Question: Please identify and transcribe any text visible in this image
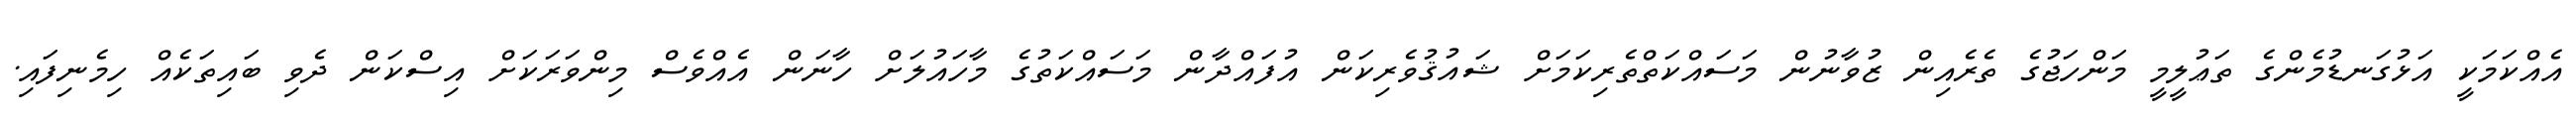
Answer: އެއްކަމަކީ އަޅުގަނޑުމެންގެ ތަޢުލީމީ މަންހަޖުގެ ތެރެއިން ޒުވާނުން މަސައްކަތްތެރިކަމަށް ޝައުޤުވެރިކަން އުފައްދާން މަސައްކަތުގެ މާހައުލަށް ހާނަން އެއްވެސް މިންވަރަކަށް އިސްކަން ދެވި ބައިތަކެއް ހިމެނިފައި.